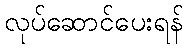
လုပ်ဆောင်ပေးရန်